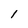
Character: l